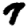
Digit: 7